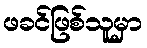
ဖခင်ဖြစ်သူမှာ